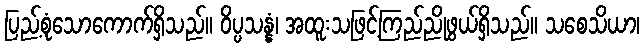
ပြည့်စုံသောကောက်ရှိသည်။ ဝိပ္ပသန္နံ၊ အထူးသဖြင့်ကြည်ညိုဖွယ်ရှိသည်။ သစေသိယာ၊